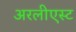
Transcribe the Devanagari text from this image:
अरलीएस्ट